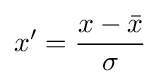
x'={\frac {x-{\bar {x}}}{\sigma }}